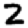
Digit: 2